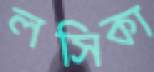
লসিকা